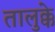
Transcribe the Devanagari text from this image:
तालुक्के